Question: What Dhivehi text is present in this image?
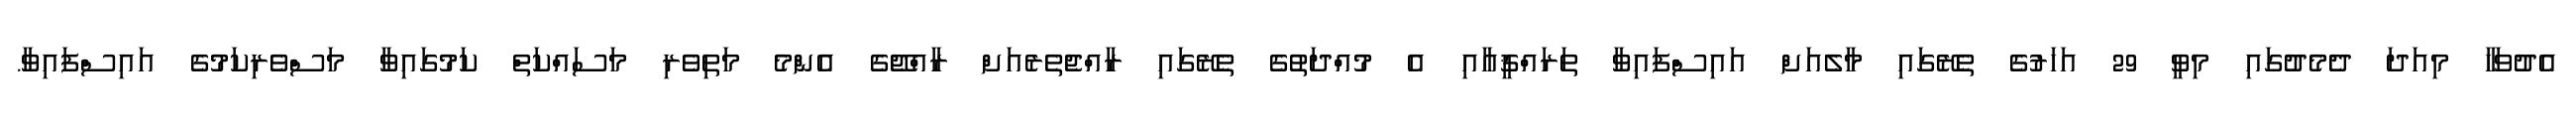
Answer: އެދުވަހާ މިއަދަ ދެމެދުގައި މިވީ 29 އަހަރުގެ ތެރޭގައި މާލެއަށް އައިސްފައިވާ ތަރައްޤީއާއި އެ މުއްދަތުގެ ތެރޭގައި ރާއްޖެތެރެއަށް ރާއްޖޭގެ އެންމެ މަތިވެރި މަސައްކަތް ކަމުގައިވާ މަސްވެރިކަމުގެ އައިސްފައިވާ.